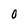
Character: 0